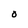
Character: O